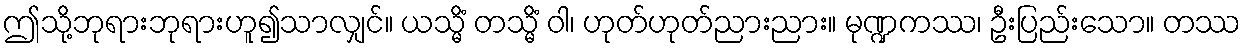
ဤသို့ဘုရားဘုရားဟူ၍သာလျှင်။ ယသ္မိံ တသ္မိံ ဝါ၊ ဟုတ်ဟုတ်ညားညား။ မုဏ္ဍကဿ၊ ဦးပြည်းသော။ တဿ